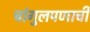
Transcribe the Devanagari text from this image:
चांगुलपणाची